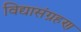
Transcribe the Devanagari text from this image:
विद्यासंग्रहण